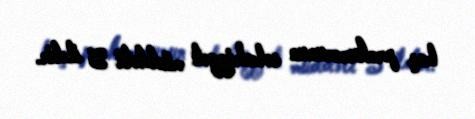
baş prokurorunun səlahiyyət müddəti 5 ildir.